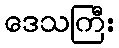
ဒေသကြီး